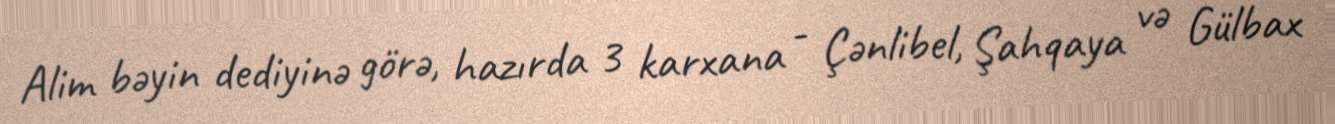
Alim bəyin dediyinə görə, hazırda 3 karxana - Çənlibel, Şahqaya və Gülbax